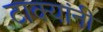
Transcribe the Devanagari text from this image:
टाक्यांनी